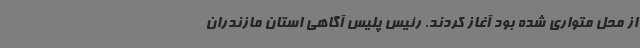
از محل متواری شده بود آغاز کردند. رئیس پلیس آگاهی استان مازندران